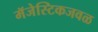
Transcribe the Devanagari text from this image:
मॅजेस्टिकजवळ